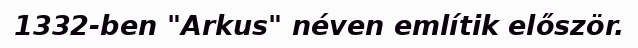
1332-ben "Arkus" néven említik először.